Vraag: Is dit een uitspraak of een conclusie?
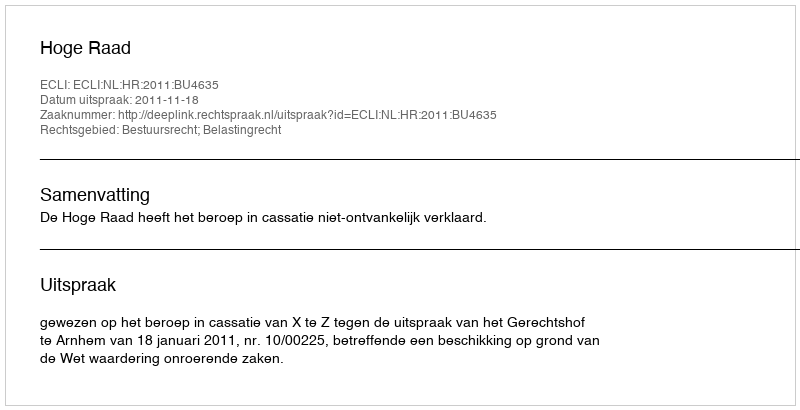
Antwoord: Uitspraak